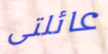
عائلتى